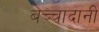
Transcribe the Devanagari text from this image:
बच्चादानी